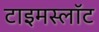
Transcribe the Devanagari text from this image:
टाइमस्लॉट